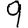
Digit: 9